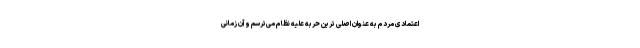
اعتمادی مردم به عنوان اصلی ترین حربه علیه نظام می‌ترسم و آن زمانی